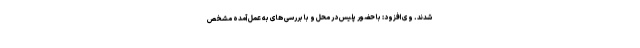
شدند. وی افزود: با حضور پلیس در محل و با بررسی های به عمل آمده مشخص